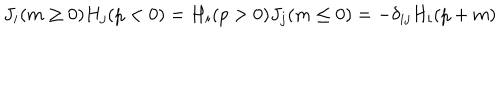
LaTeX: J _ { i } ( m \ge 0 ) H _ { j } ( p < 0 ) = H _ { i } ( p > 0 ) J _ { j } ( m \le 0 ) = - \delta _ { i j } H _ { i } ( p + m )